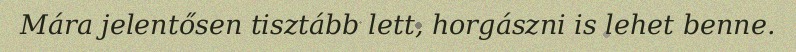
Mára jelentősen tisztább lett, horgászni is lehet benne.